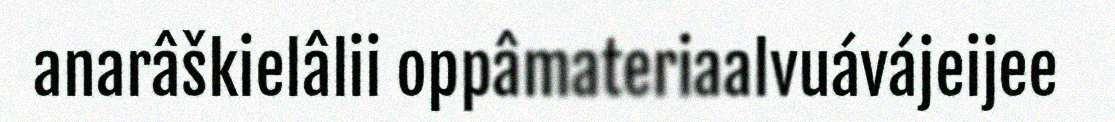
anarâškielâlii oppâmateriaalvuávájeijee